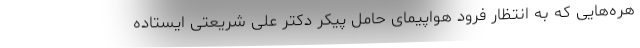
هره‌هایی که به انتظار فرود هواپیمای حامل پیکر دکتر علی شریعتی ایستاده